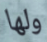
ولها